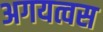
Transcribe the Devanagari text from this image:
अगयत्वस